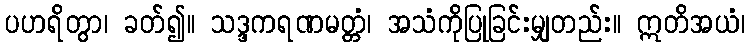
ပဟရိတွာ၊ ခတ်၍။ သဒ္ဒကရဏမတ္တံ၊ အသံကိုပြုခြင်းမျှတည်း။ ဣတိအယံ၊